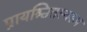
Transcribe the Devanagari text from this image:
प्रायश्चितस्वरूप